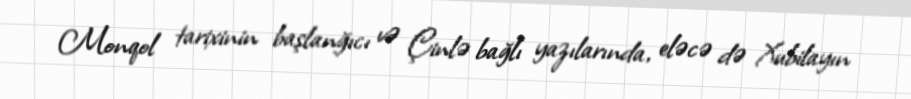
Monqol tarixinin başlanğıcı və Çinlə bağlı yazılarında, eləcə də Xubilayın